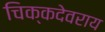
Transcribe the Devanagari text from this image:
चिक्कदेवराय